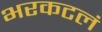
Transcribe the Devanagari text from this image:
भरकटलं